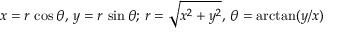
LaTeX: x = r \, \cos \theta , \, y = r \, \sin \theta ; \, r = { \sqrt { x ^ { 2 } + y ^ { 2 } } } , \, \theta = \arctan ( y / x )